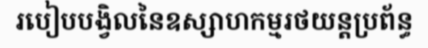
របៀបបង្វិលនៃឧស្សាហកម្មរថយន្តប្រព័ន្ធ